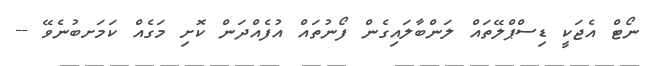
ނޯޓް އެޖަކީ ޑިސްޕްލޭތައް ލަންބާލައިގެން ފޯނުތައް އުފެއްދަން ކޮށި މަގެއް ކަމަށބުނެވޭ --